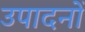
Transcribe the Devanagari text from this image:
उपादनों